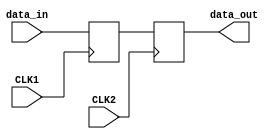
module ms_ff_synchronizer (
    input wire CLK1,            // Master clock
    input wire CLK2,            // Slave clock
    input wire data_in,         // Input data to be synchronized
    output reg data_out         // Synchronized output data
);

// Internal signal to hold the output of the master flip-flop
reg master_ff;

// Master Flip-Flop: Captures input data on rising edge of CLK1
always @(posedge CLK1) begin
    master_ff <= data_in;      // Capture input data
end

// Slave Flip-Flop: Captures output of master FF on rising edge of CLK2
always @(posedge CLK2) begin
    data_out <= master_ff;     // Transfer data from master to output
end

endmodule